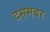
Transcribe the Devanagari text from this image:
दसमबर